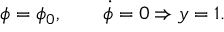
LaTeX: { \phi = \phi _ { 0 } , \qquad \dot { \phi } = 0 \Rightarrow y = 1 . }